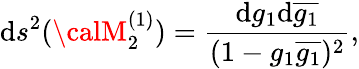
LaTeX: \mathrm{d}s^{2}({\calM}_{2}^{(1)})=\frac{{\mathrm{d}g_{1}\mathrm{d}\overline{{{{g_{1}}}}}}}{{(1-g_{1}\overline{{{{g_{1}}}}})^{2}}},